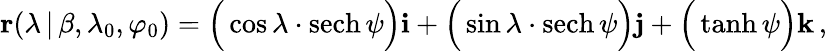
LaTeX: \mathbf{r}(\lambda\, |\, \beta,\lambda_{0},\varphi_{0})={\Big(}\cos{\lambda}\cdot\operatorname{sech}\psi{\Big)}\mathbf{i}+{\Big(}\sin{\lambda}\cdot\operatorname{sech}\psi{\Big)}\mathbf{j}+{\Big(}\operatorname{tanh}\psi{\Big)}\mathbf{k}\, ,